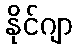
နိုင်ဂျာ